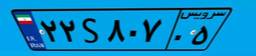
۲۲S۸۰۷۰۵